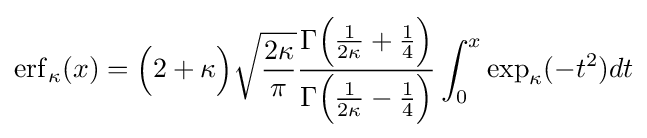
\operatorname {erf} _{\kappa }(x)={\Big (}2+\kappa {\Big )}{\sqrt {\frac {2\kappa }{\pi }}}{\frac {\Gamma {\Big (}{\frac {1}{2\kappa }}+{\frac {1}{4}}{\Big )}}{\Gamma {\Big (}{\frac {1}{2\kappa }}-{\frac {1}{4}}{\Big )}}}\int _{0}^{x}\exp _{\kappa }(-t^{2})dt